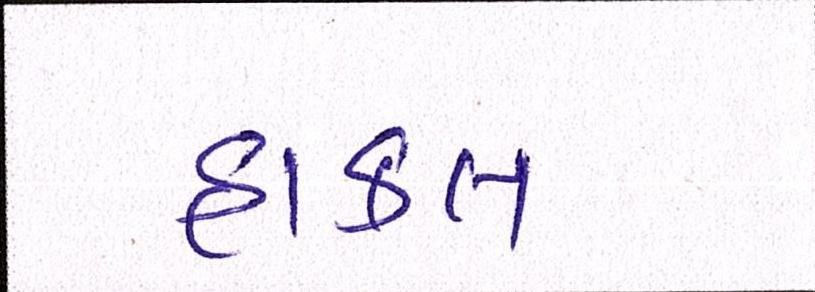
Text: હાકલ